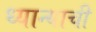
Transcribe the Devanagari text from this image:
ध्यान्याची